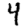
Digit: 4